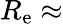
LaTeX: R_{\mathrm{e}}\approx